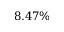
8 . 4 7 \%